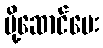
ပို့ဆောင်ပေး